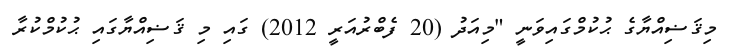
މިޤަޟިއްޔާގެ ޙުކުމްގައިވަނީ "މިއަދު (20 ފެބްރުއަރީ 2012) ގައި މި ޤަޟިއްޔާގައި ޙުކުމްކުރާ